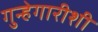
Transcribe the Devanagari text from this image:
गुन्हेगारीशी